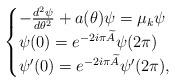
LaTeX: \begin{align*} \begin{cases}-\frac{d^{2}\psi}{d\theta ^{2}}+a(\theta )\psi=\mu _{k}\psi\\\psi(0) =e^{-2i\pi \widetilde{ A} }\psi (2\pi ) \\\psi^{\prime }(0) =e^{-2i\pi \widetilde{ A} }\psi^{\prime }(2\pi ),\end{cases}\end{align*}